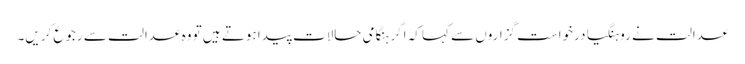
عدالت نے روہنگیا درخواست گزاروں سے کہا کہ اگر ہنگامی حالات پیدا ہوتے ہیں تو وہ عدالت سے رجوع کریں۔